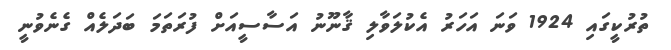
ތުރުކީގައި 1924 ވަނަ އަހަރު އެކުލަވާލި ޤާނޫނު އަސާސީއަށް ފުރަތަމަ ބަދަލެއް ގެނެވުނީ